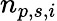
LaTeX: n_{p,s,i}